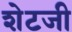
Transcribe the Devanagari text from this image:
शेटजी